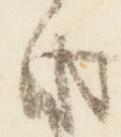
由